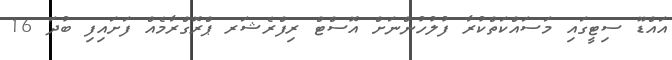
އައްޑޫ ސިޓީގައި މަސައްކަތްކުރާ ފުލުހުންނަށް އޮސްޓް ރިފްރެޝަރ ޕްރޮގްރާމެއް ފަށައިފި ބުދަ 16